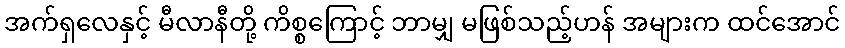
အက်ရှလေနှင့် မီလာနီတို့ ကိစ္စကြောင့် ဘာမျှ မဖြစ်သည့်ဟန် အများက ထင်အောင်